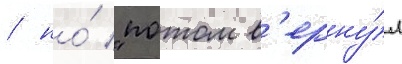
/ но́ "потом в'ерну́л